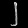
Digit: ၂